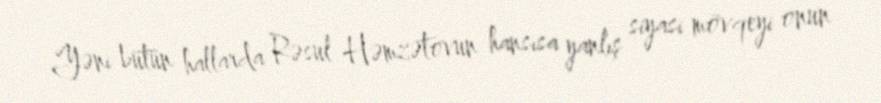
Yəni bütün hallarda Rəsul Həmzətovun hansısa yanlış siyasi mövqeyi onun